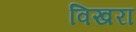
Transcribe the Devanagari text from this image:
विखरा